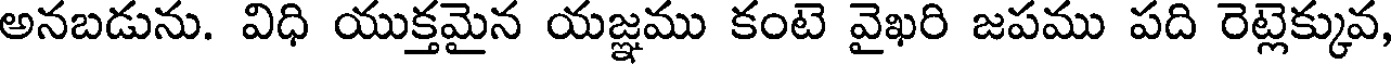
అనబడును. విధి యుక్తమైన యజ్ఞము కంటె వైఖరి జపము పది రెట్లెక్కువ,